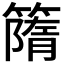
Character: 𥳔